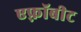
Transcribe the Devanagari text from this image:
एफ़्रॉबीट